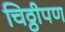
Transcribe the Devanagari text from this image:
चिठ्ठीपण